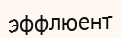
эффлюент